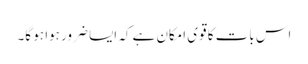
اس بات کا قوی امکان ہے کہ ایسا ضرور ہوا ہو گا۔